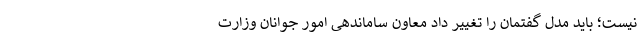
نیست؛ باید مدل گفتمان را تغییر داد معاون ساماندهی امور جوانان وزارت